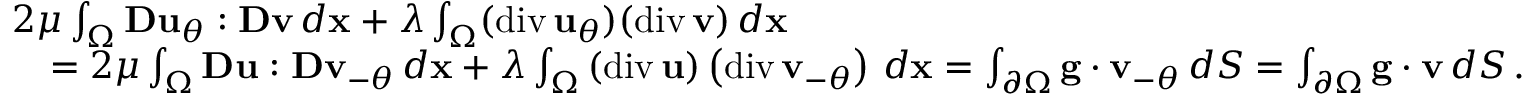
\begin{array} { r l } & { 2 \mu \int _ { \Omega } { \bf D } { \bf u } _ { \theta } : { \bf D } { \bf v } \, d { \bf x } + \lambda \int _ { \Omega } ( \mathrm { d i v } \, { \bf u } _ { \theta } ) ( \mathrm { d i v } \, { \bf v } ) \, d { \bf x } } \\ & { \quad = 2 \mu \int _ { \Omega } { \bf D } { \bf u } : { \bf D } { \bf v } _ { - \theta } \, d { \bf x } + \lambda \int _ { \Omega } \left( \mathrm { d i v } \, { \bf u } \right) \left( \mathrm { d i v } \, { \bf v } _ { - \theta } \right) \, d { \bf x } = \int _ { \partial \Omega } { \bf g } \cdot { \bf v } _ { - \theta } \, d S = \int _ { \partial \Omega } { \bf g } \cdot { \bf v } \, d S \, . } \end{array}